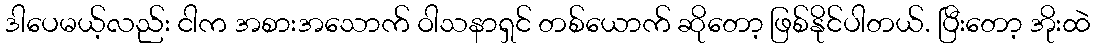
ဒါပေမယ့်လည်း ငါက အစားအသောက် ဝါသနာရှင် တစ်ယောက် ဆိုတော့ ဖြစ်နိုင်ပါတယ်. ပြီးတော့ အိုးထဲ